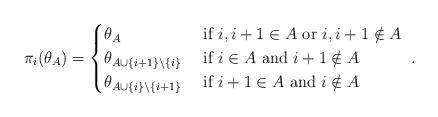
LaTeX: \begin{align*}\pi_i(\theta_A) = \begin{cases}\theta_{A} & \hbox{ if } i, i+1 \in A\hbox{ or }i, i+1 \notin A\\\theta_{A \cup \{i+1\} \backslash \{i\}} & \hbox{ if } i\in A\hbox{ and }i+1 \notin A\\\theta_{A \cup \{i\} \backslash \{i+1\}} & \hbox{ if } i+1\in A\hbox{ and }i \notin A\end{cases}~.\end{align*}